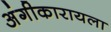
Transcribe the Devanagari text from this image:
अंगीकारायला